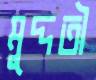
মুদ্দতী